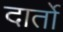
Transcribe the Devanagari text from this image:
दार्तो